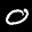
Label: 0